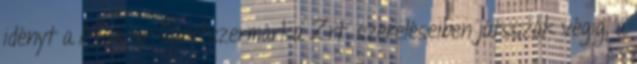
idényt a Magyar Sportszermárka Zrt. szereléseiben játsszák végig, a